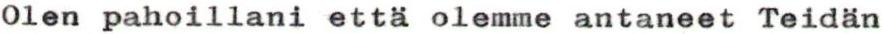
Olen pahoillani että olemme antaneet Teidän